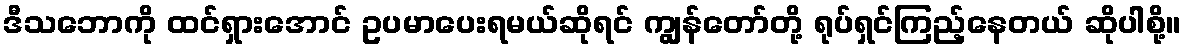
ဒီသဘောကို ထင်ရှားအောင် ဥပမာပေးရမယ်ဆိုရင် ကျွန်တော်တို့ ရုပ်ရှင်ကြည့်နေတယ် ဆိုပါစို့။